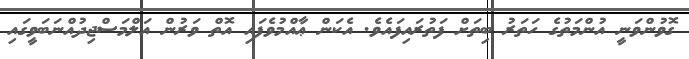
ގޮވުންވަނީ އުންމަތުގެ ހަތަރު ބިތަށް ފަތުރައިފައެވެ. އެކަން ޢާއްމުވެފައި އޮތް ވަރުން އަލްމަސްޖިދުއްނަބަވީގައި